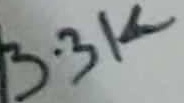
Text: 3.3K